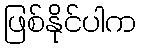
ဖြစ်နိုင်ပါက